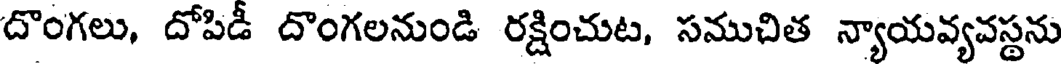
దొంగలు, దోపిడీ దొంగలనుండి రక్షించుట, సముచిత న్యాయవ్యవస్థను